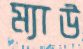
ম্যাউ